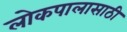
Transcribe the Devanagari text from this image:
लोकपालासाठी